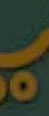
.